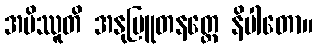
အပိဿူတိ အနုဗြူတနတ္ထေ နိပါတော။